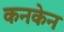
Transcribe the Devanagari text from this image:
कनकेन